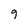
Character: 9